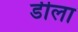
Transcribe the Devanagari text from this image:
डीला